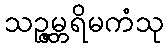
သဉ္ဇမ္ဘရိမကံသု